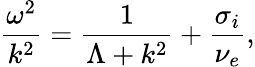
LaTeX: \frac{\omega^{2}}{k^{2}}=\frac{1}{\Lambda+k^{2}}+\frac{\sigma_{i}}{\nu_{e}},